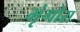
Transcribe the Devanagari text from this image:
भृंगोरा